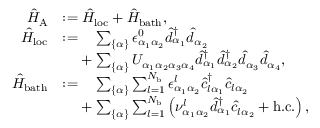
\begin{array} { r l } { \hat { H } _ { \mathrm { A } } } & { : = \hat { H } _ { \mathrm { l o c } } + \hat { H } _ { \mathrm { b a t h } } , } \\ { \hat { H } _ { \mathrm { l o c } } } & { : = \phantom { + } \sum _ { \{ \alpha \} } \epsilon _ { \alpha _ { 1 } \alpha _ { 2 } } ^ { 0 } \hat { d } _ { \alpha _ { 1 } } ^ { \dagger } \hat { d } _ { \alpha _ { 2 } } } \\ & { \phantom { : = } + \sum _ { \{ \alpha \} } U _ { \alpha _ { 1 } \alpha _ { 2 } \alpha _ { 3 } \alpha _ { 4 } } \hat { d } _ { \alpha _ { 1 } } ^ { \dagger } \hat { d } _ { \alpha _ { 2 } } ^ { \dagger } \hat { d } _ { \alpha _ { 3 } } \hat { d } _ { \alpha _ { 4 } } , } \\ { \hat { H } _ { \mathrm { b a t h } } } & { : = \phantom { + } \sum _ { \{ \alpha \} } \sum _ { l = 1 } ^ { N _ { \mathrm { b } } } \epsilon _ { \alpha _ { 1 } \alpha _ { 2 } } ^ { l } \hat { c } _ { l \alpha _ { 1 } } ^ { \dagger } \hat { c } _ { l \alpha _ { 2 } } } \\ & { \phantom { : = } + \sum _ { \{ \alpha \} } \sum _ { l = 1 } ^ { N _ { \mathrm { b } } } \left( \nu _ { \alpha _ { 1 } \alpha _ { 2 } } ^ { l } \hat { d } _ { \alpha _ { 1 } } ^ { \dagger } \hat { c } _ { l \alpha _ { 2 } } + \mathrm { h . c . } \right) , } \end{array}